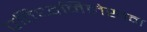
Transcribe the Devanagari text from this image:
प्रतिध्वनिलेखन